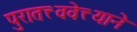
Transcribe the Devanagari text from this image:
पुरातत्त्ववेत्त्याने